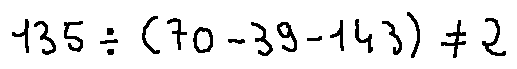
1 3 5 \div ( 7 0 - 3 9 - 1 4 3 ) \neq 2